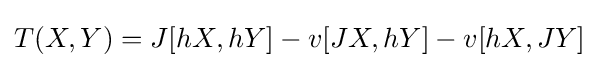
\displaystyle T(X,Y)=J[hX,hY]-v[JX,hY]-v[hX,JY]